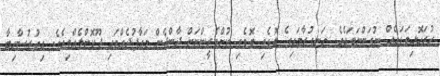
ހުރަހޮޅިވަޑައެއް ނުގަންނަވައެވެ. ހަނގުރާމައިގެ ބޮޑެތި ބޮޑެތި ކުށްވެރީންނަށް ދާންދެން މަޢާފުދެއްވައި ދޫކޮށްލެއްވިއެވެ. އިތުރުސާހިބާ